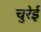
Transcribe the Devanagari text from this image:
चुरेई